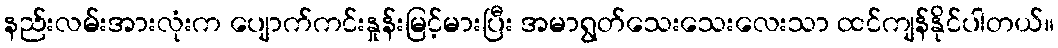
နည်းလမ်းအားလုံးက ပျောက်ကင်းနှုန်းမြင့်မားပြီး အမာရွတ်သေးသေးလေးသာ ထင်ကျန်နိုင်ပါတယ်။